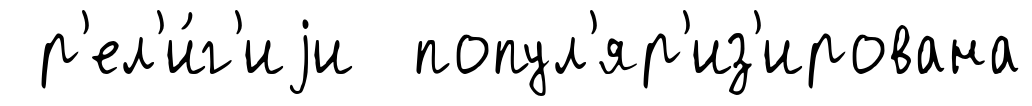
р'ел'и́г'иjи попул'яр'из'ирована